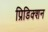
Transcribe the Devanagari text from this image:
प्रिडिक्शन